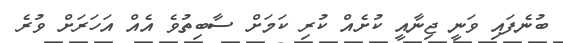
ބުނެފައި ވަނީ ޖިނާއީ ކުށެއް ކުރި ކަމަށް ސާބިތުވެ އެއް އަހަރަށް ވުރެ